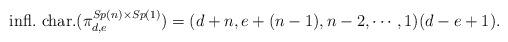
LaTeX: \begin{align*}\hbox{infl.~char.}(\pi^{Sp(n)\times Sp(1)}_{d,e}) =(d+n,e+(n-1),n-2,\cdots,1)(d-e+1).\end{align*}